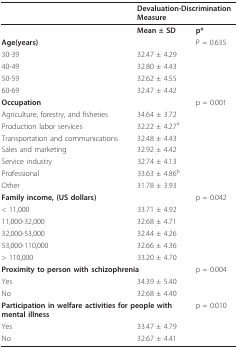
<table><thead><tr><td></td><td colspan="2"><b>Devaluation-Discrimination Measure</b></td></tr></thead><tbody><tr><td></td><td><b>Mean ± SD</b></td><td><b>p*</b></td></tr><tr><td><b>Age(years)</b></td><td></td><td>P = 0.635</td></tr><tr><td>30-39</td><td>32.47 ± 4.29</td><td></td></tr><tr><td>40-49</td><td>32.80 ± 4.43</td><td></td></tr><tr><td>50-59</td><td>32.62 ± 4.55</td><td></td></tr><tr><td>60-69</td><td>32.47 ± 4.42</td><td></td></tr><tr><td><b>Occupation</b></td><td></td><td>p = 0.001</td></tr><tr><td>Agriculture, forestry, and fisheries</td><td colspan="2">34.64 ± 3.72</td></tr><tr><td>Production labor services</td><td colspan="2">32.22 ± 4.27<sup>a</sup></td></tr><tr><td>Transportation and communications</td><td colspan="2">32.48 ± 4.43</td></tr><tr><td>Sales and marketing</td><td colspan="2">32.92 ± 4.42</td></tr><tr><td>Service industry</td><td colspan="2">32.74 ± 4.13</td></tr><tr><td>Professional</td><td colspan="2">33.63 ± 4.86<sup>b</sup></td></tr><tr><td>Other</td><td colspan="2">31.78 ± 3.93</td></tr><tr><td colspan="2"><b>Family income, (US dollars)</b></td><td>p = 0.042</td></tr><tr><td>&lt; 11,000</td><td>33.71 ± 4.92</td><td></td></tr><tr><td>11,000-32,000</td><td>32.68 ± 4.71</td><td></td></tr><tr><td>32,000-53,000</td><td>32.44 ± 4.26</td><td></td></tr><tr><td>53,000-110,000</td><td>32.66 ± 4.36</td><td></td></tr><tr><td>&gt; 110,000</td><td>33.20 ± 4.70</td><td></td></tr><tr><td colspan="2"><b>Proximity to person with schizophrenia</b></td><td>p = 0.004</td></tr><tr><td>Yes</td><td>34.39 ± 5.40</td><td></td></tr><tr><td>No</td><td>32.68 ± 4.40</td><td></td></tr><tr><td colspan="2"><b>Participation in welfare activities for people with mental illness</b></td><td>p = 0.010</td></tr><tr><td>Yes</td><td colspan="2">33.47 ± 4.79</td></tr><tr><td>No</td><td colspan="2">32.67 ± 4.41</td></tr></tbody></table>